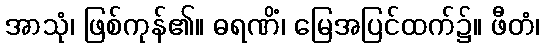
အာသုံ၊ ဖြစ်ကုန်၏။ ဓရဏိံ၊ မြေအပြင်ထက်၌။ ဖီတံ၊